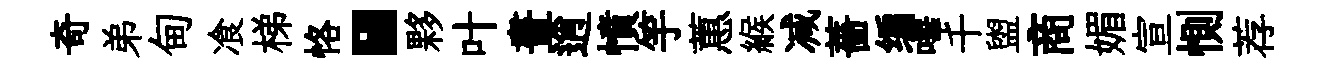
奇弟甸飡梯恪·夥叶晝逍憤竽蕙緱减薔编嗶千盥商媚宣惻荐